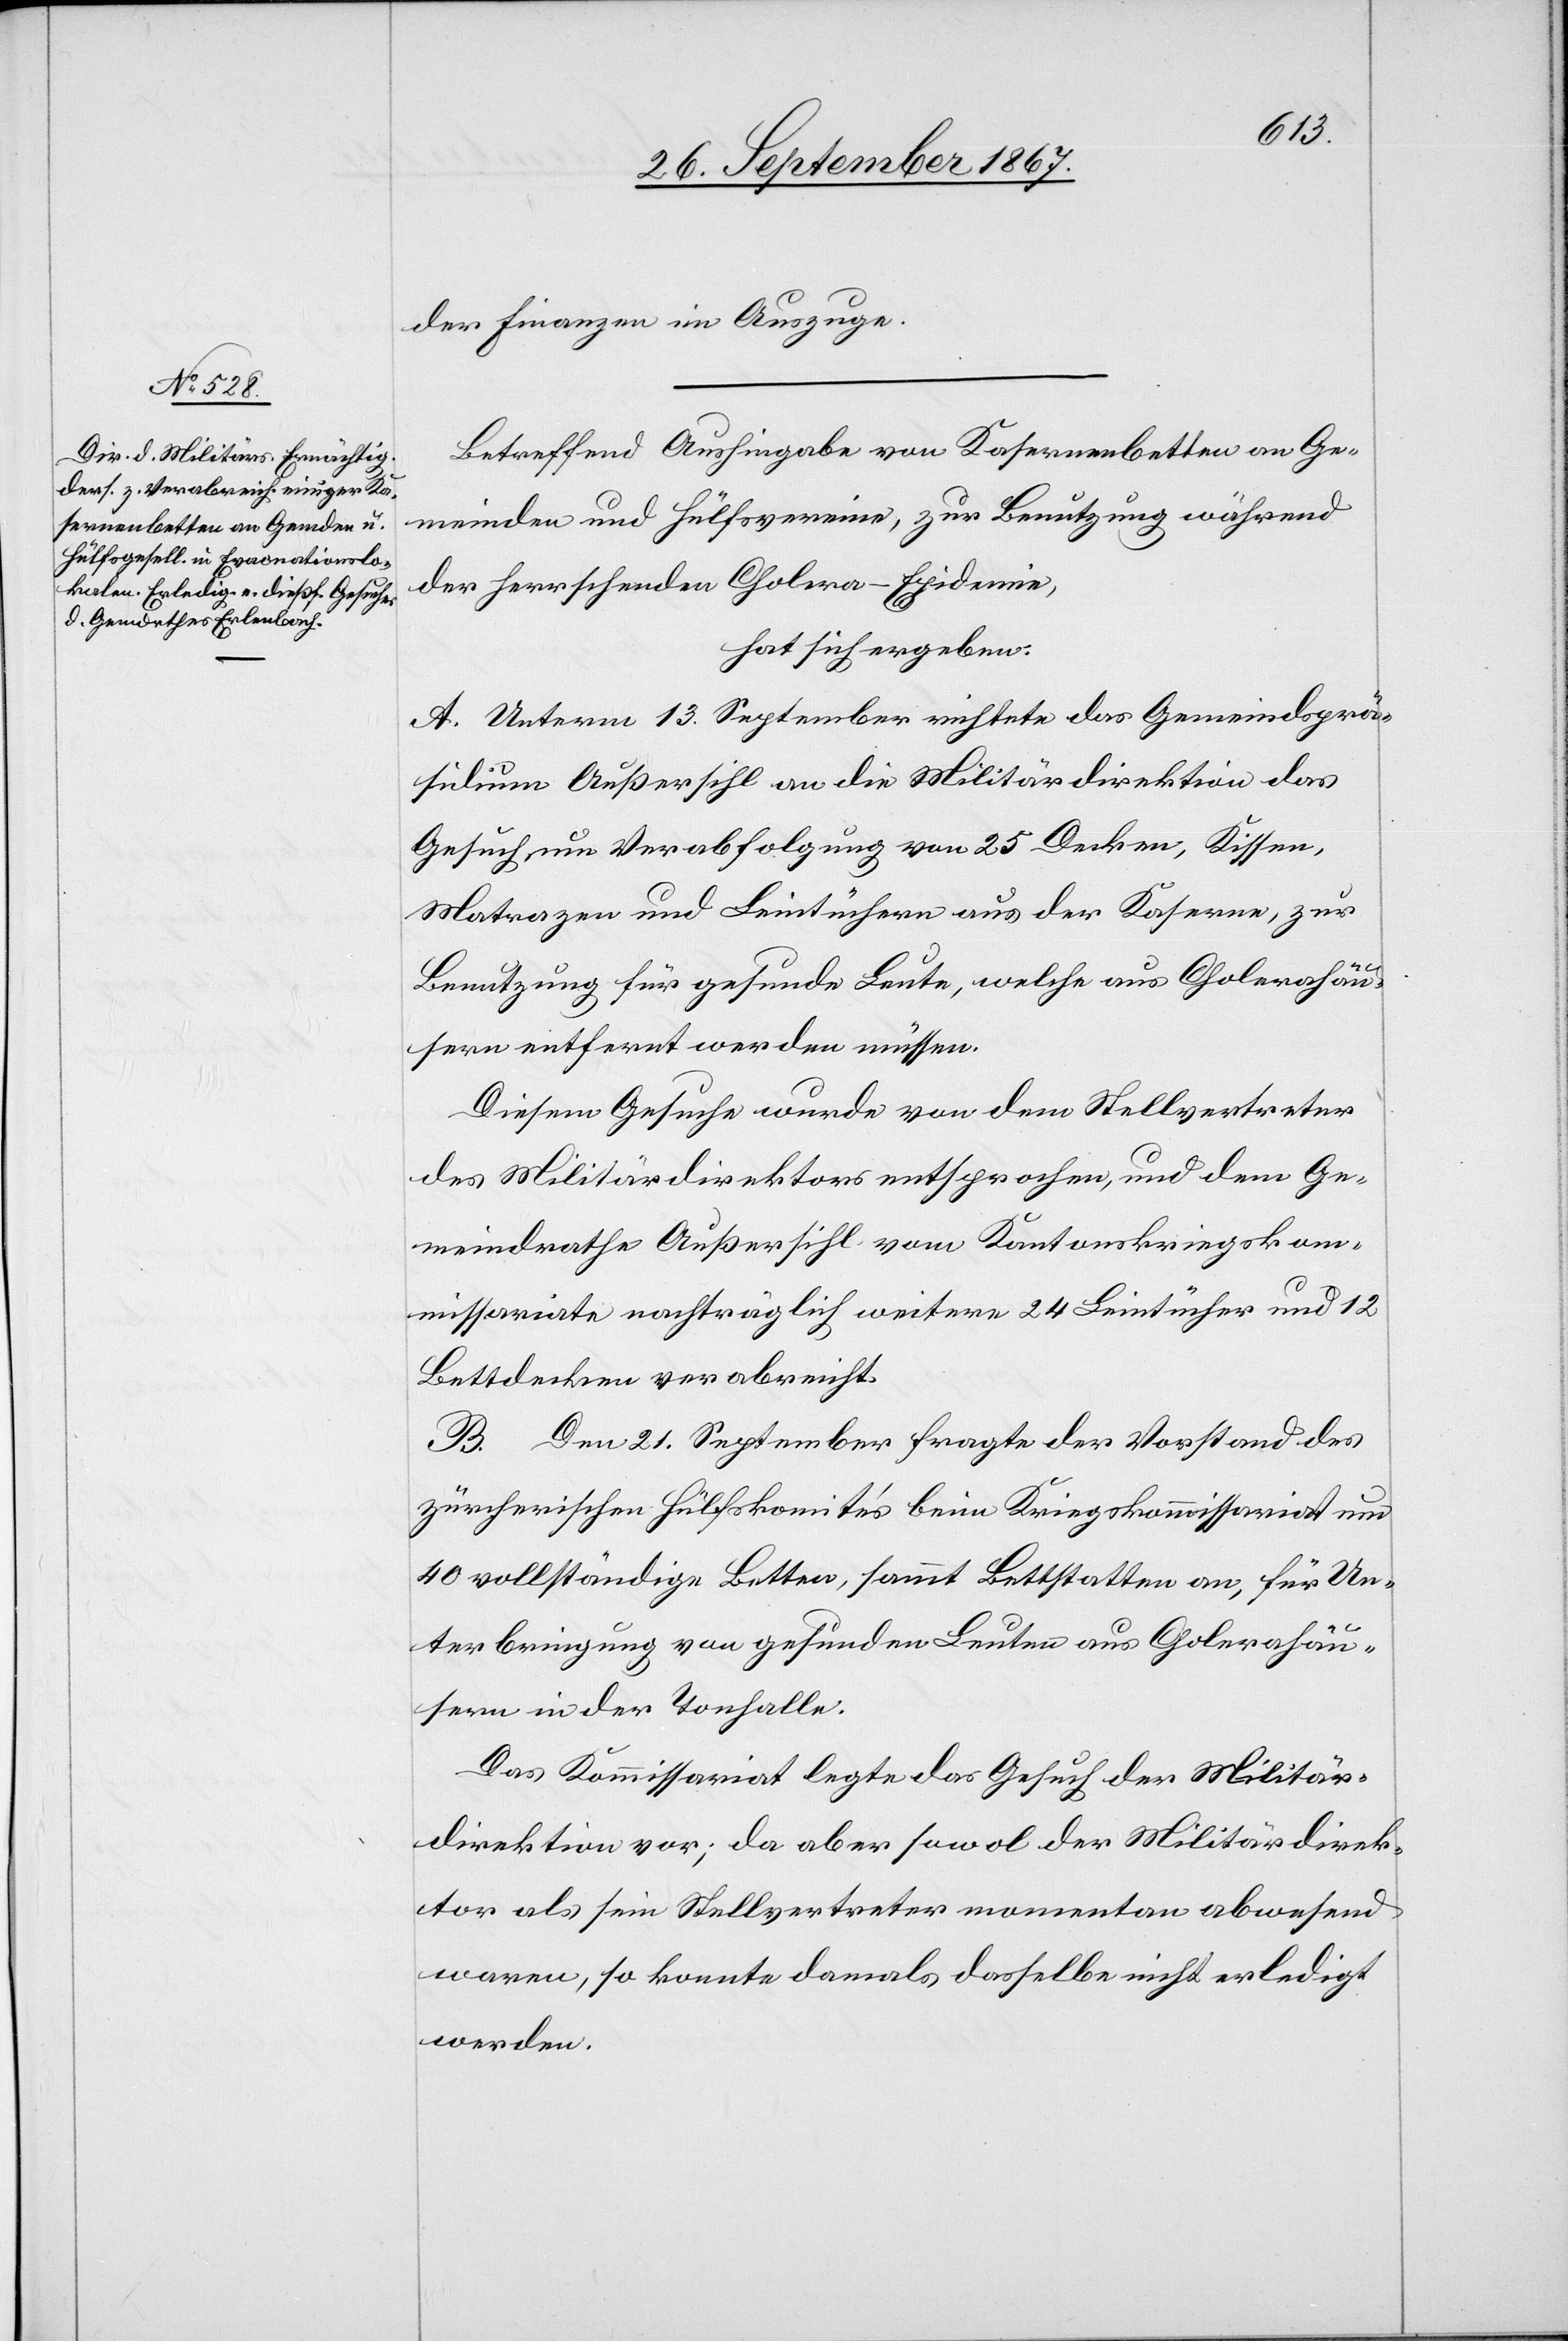
der Finanzen im Auszuge.
Betreffend Aushingabe von Kasernenbetten an Ge¬
meinden und Hülfsvereine, zur Benutzung während
der herrschenden Cholera-Epidemie,
hat sich ergeben:
A. Unterm 13. September richtete das Gemeindsprä¬
sidium Außersihl an die Militärdirektion das
Gesuch um Verabfolgung von 25 Decken, Kissen,
Matrazen und Leintüchern aus der Kaserne, zur
Benutzung für gesunde Leute, welche aus Cholerahäu¬
sern entfernt werden müssen.
Diesem Gesuche wurde von dem Stellvertreter
des Militärdirektors entsprochen, und dem Ge¬
meindrathe Außersihl vom Kantonskriegskom¬
missariate nachträglich weitere 24 Leintücher und 12
Bettdecken verabreicht.
B. Dem 21. September fragte der Vorstand des
zürcherischen Hülfskomités beim Kriegskommissariate um
40 vollständige Betten, sammt Bettstatten an, für Un¬
terbringung von gesunden Leuten aus Cholerahäu¬
sern in der Tonhalle.
Das Kommissariat legte das Gesuch der Militär¬
direktion vor; da aber sowol der Militärdirek¬
tor als sein Stellvertreter momentan abwesend
waren, so konnte [es] damals deshalb nicht erledigt
werden.